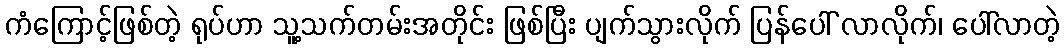
ကံကြောင့်ဖြစ်တဲ့ ရုပ်ဟာ သူ့သက်တမ်းအတိုင်း ဖြစ်ပြီး ပျက်သွားလိုက် ပြန်ပေါ် လာလိုက်၊ ပေါ်လာတဲ့